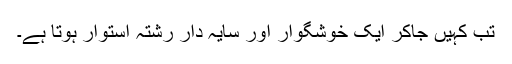
تب کہیں جاکر ایک خوشگوار اور سایہ دار رشتہ استوار ہوتا ہے۔